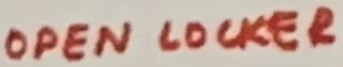
Text: OPEN LOCKER